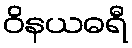
ဝိနယဓရီ